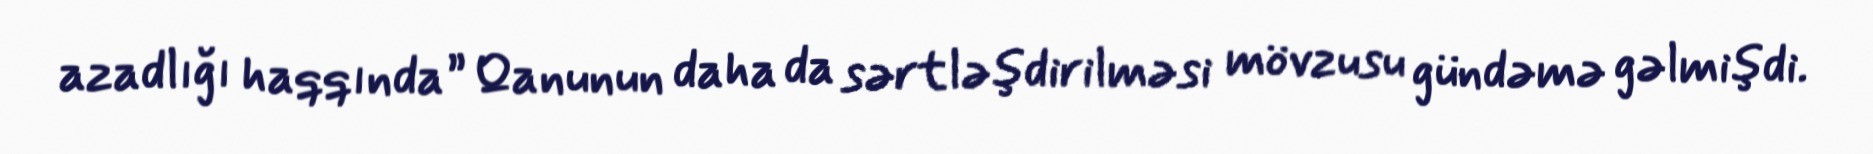
azadlığı haqqında” Qanunun daha da sərtləşdirilməsi mövzusu gündəmə gəlmişdi.